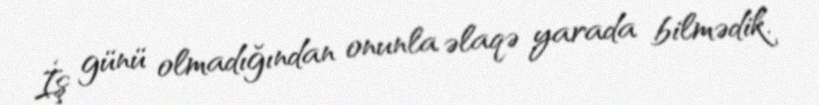
İş günü olmadığından onunla əlaqə yarada bilmədik.